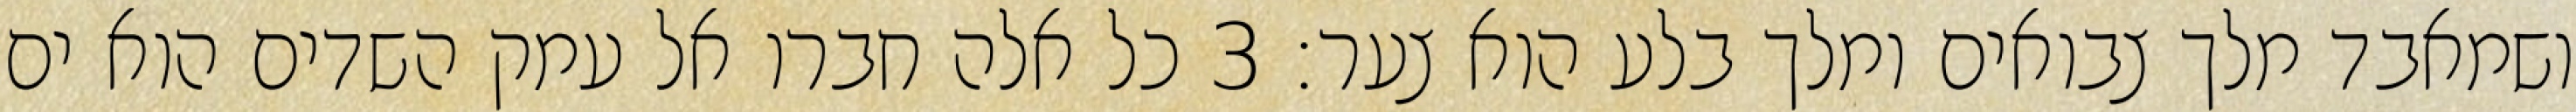
ושמאבד מלך צבואים ומלך בלע הוא צער׃ ‎3‏ כל אלה חברו אל עמק השדים הוא ים